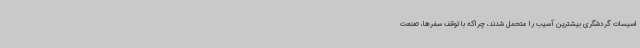
اسیسات گردشگری بیشترین آسیب را متحمل شدند، چراکه با توقف سفرها، صنعت